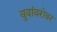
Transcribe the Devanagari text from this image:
बुवांबरोबर